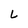
Character: L